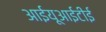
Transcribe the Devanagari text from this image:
आईयूआईटीई